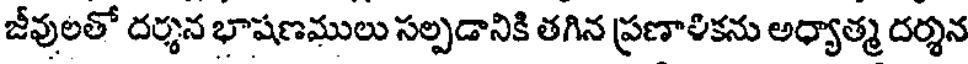
జీవులతో దర్శన భాషణములు సల్పడానికి తగిన ప్రణాళికను అధ్యాత్మ దర్శన